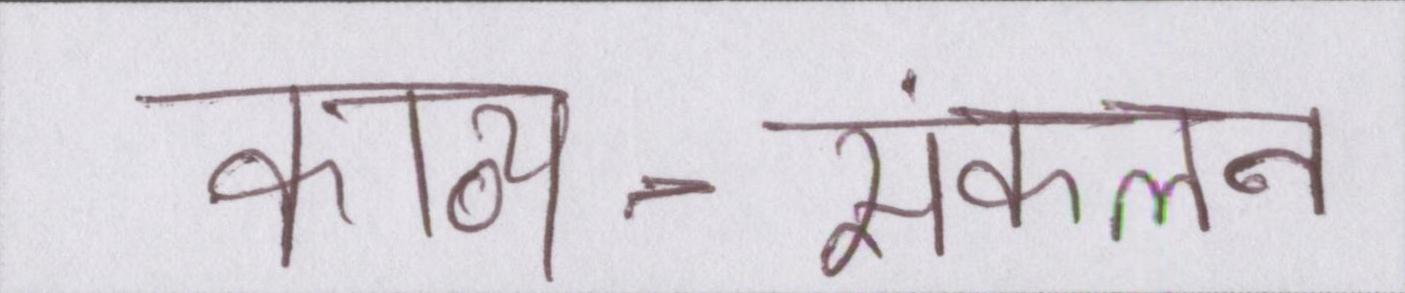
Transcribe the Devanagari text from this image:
काव्य-संकलन